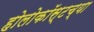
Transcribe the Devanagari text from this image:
होलोकॉस्टच्या